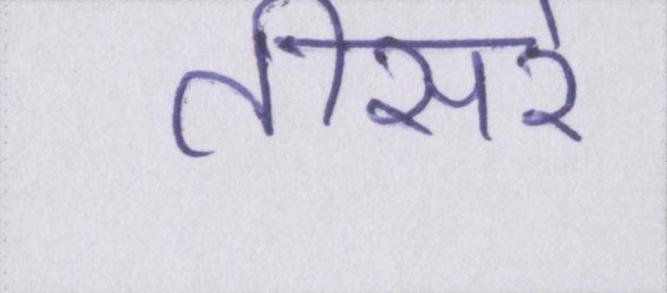
तीसरे